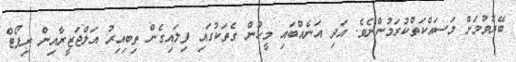
ބޭރުވުމަށް މަސައްކަތްކުރަމުންނެވެ. އަދި އަނެއްބައި މީހުން ގެތަކުގައި ފިލައިގެން ތިބިއިރު އަލްޖަޒީރާއިން ރިޕޯޓް